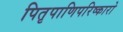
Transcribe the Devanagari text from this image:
पितृपाणिपरिष्कारो